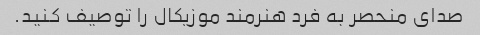
صدای منحصر به فرد هنرمند موزیکال را توصیف کنید.